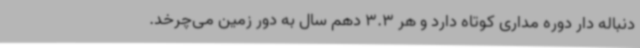
دنباله دار دوره مداری کوتاه دارد و هر 3.3 دهم سال به دور زمین می‌چرخد.